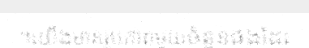
។យើងមានរូបភាពមួយចំនួនផងដែរ